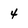
Character: 4